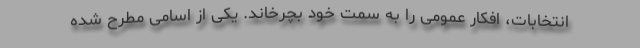
انتخابات، افکار عمومی را به سمت خود بچرخاند. یکی از اسامی مطرح شده